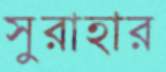
সুরাহার